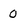
Character: 0